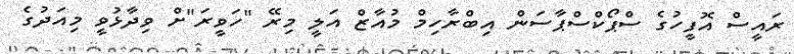
ރައީސް އޮފީހުގެ ސްޕޯކްސްޕާސަން އިބްރާހިމް މުއާޒް އަލީ މިރޭ "ހަވީރަ"ށް ވިދާޅުވީ މިއަދުގެ